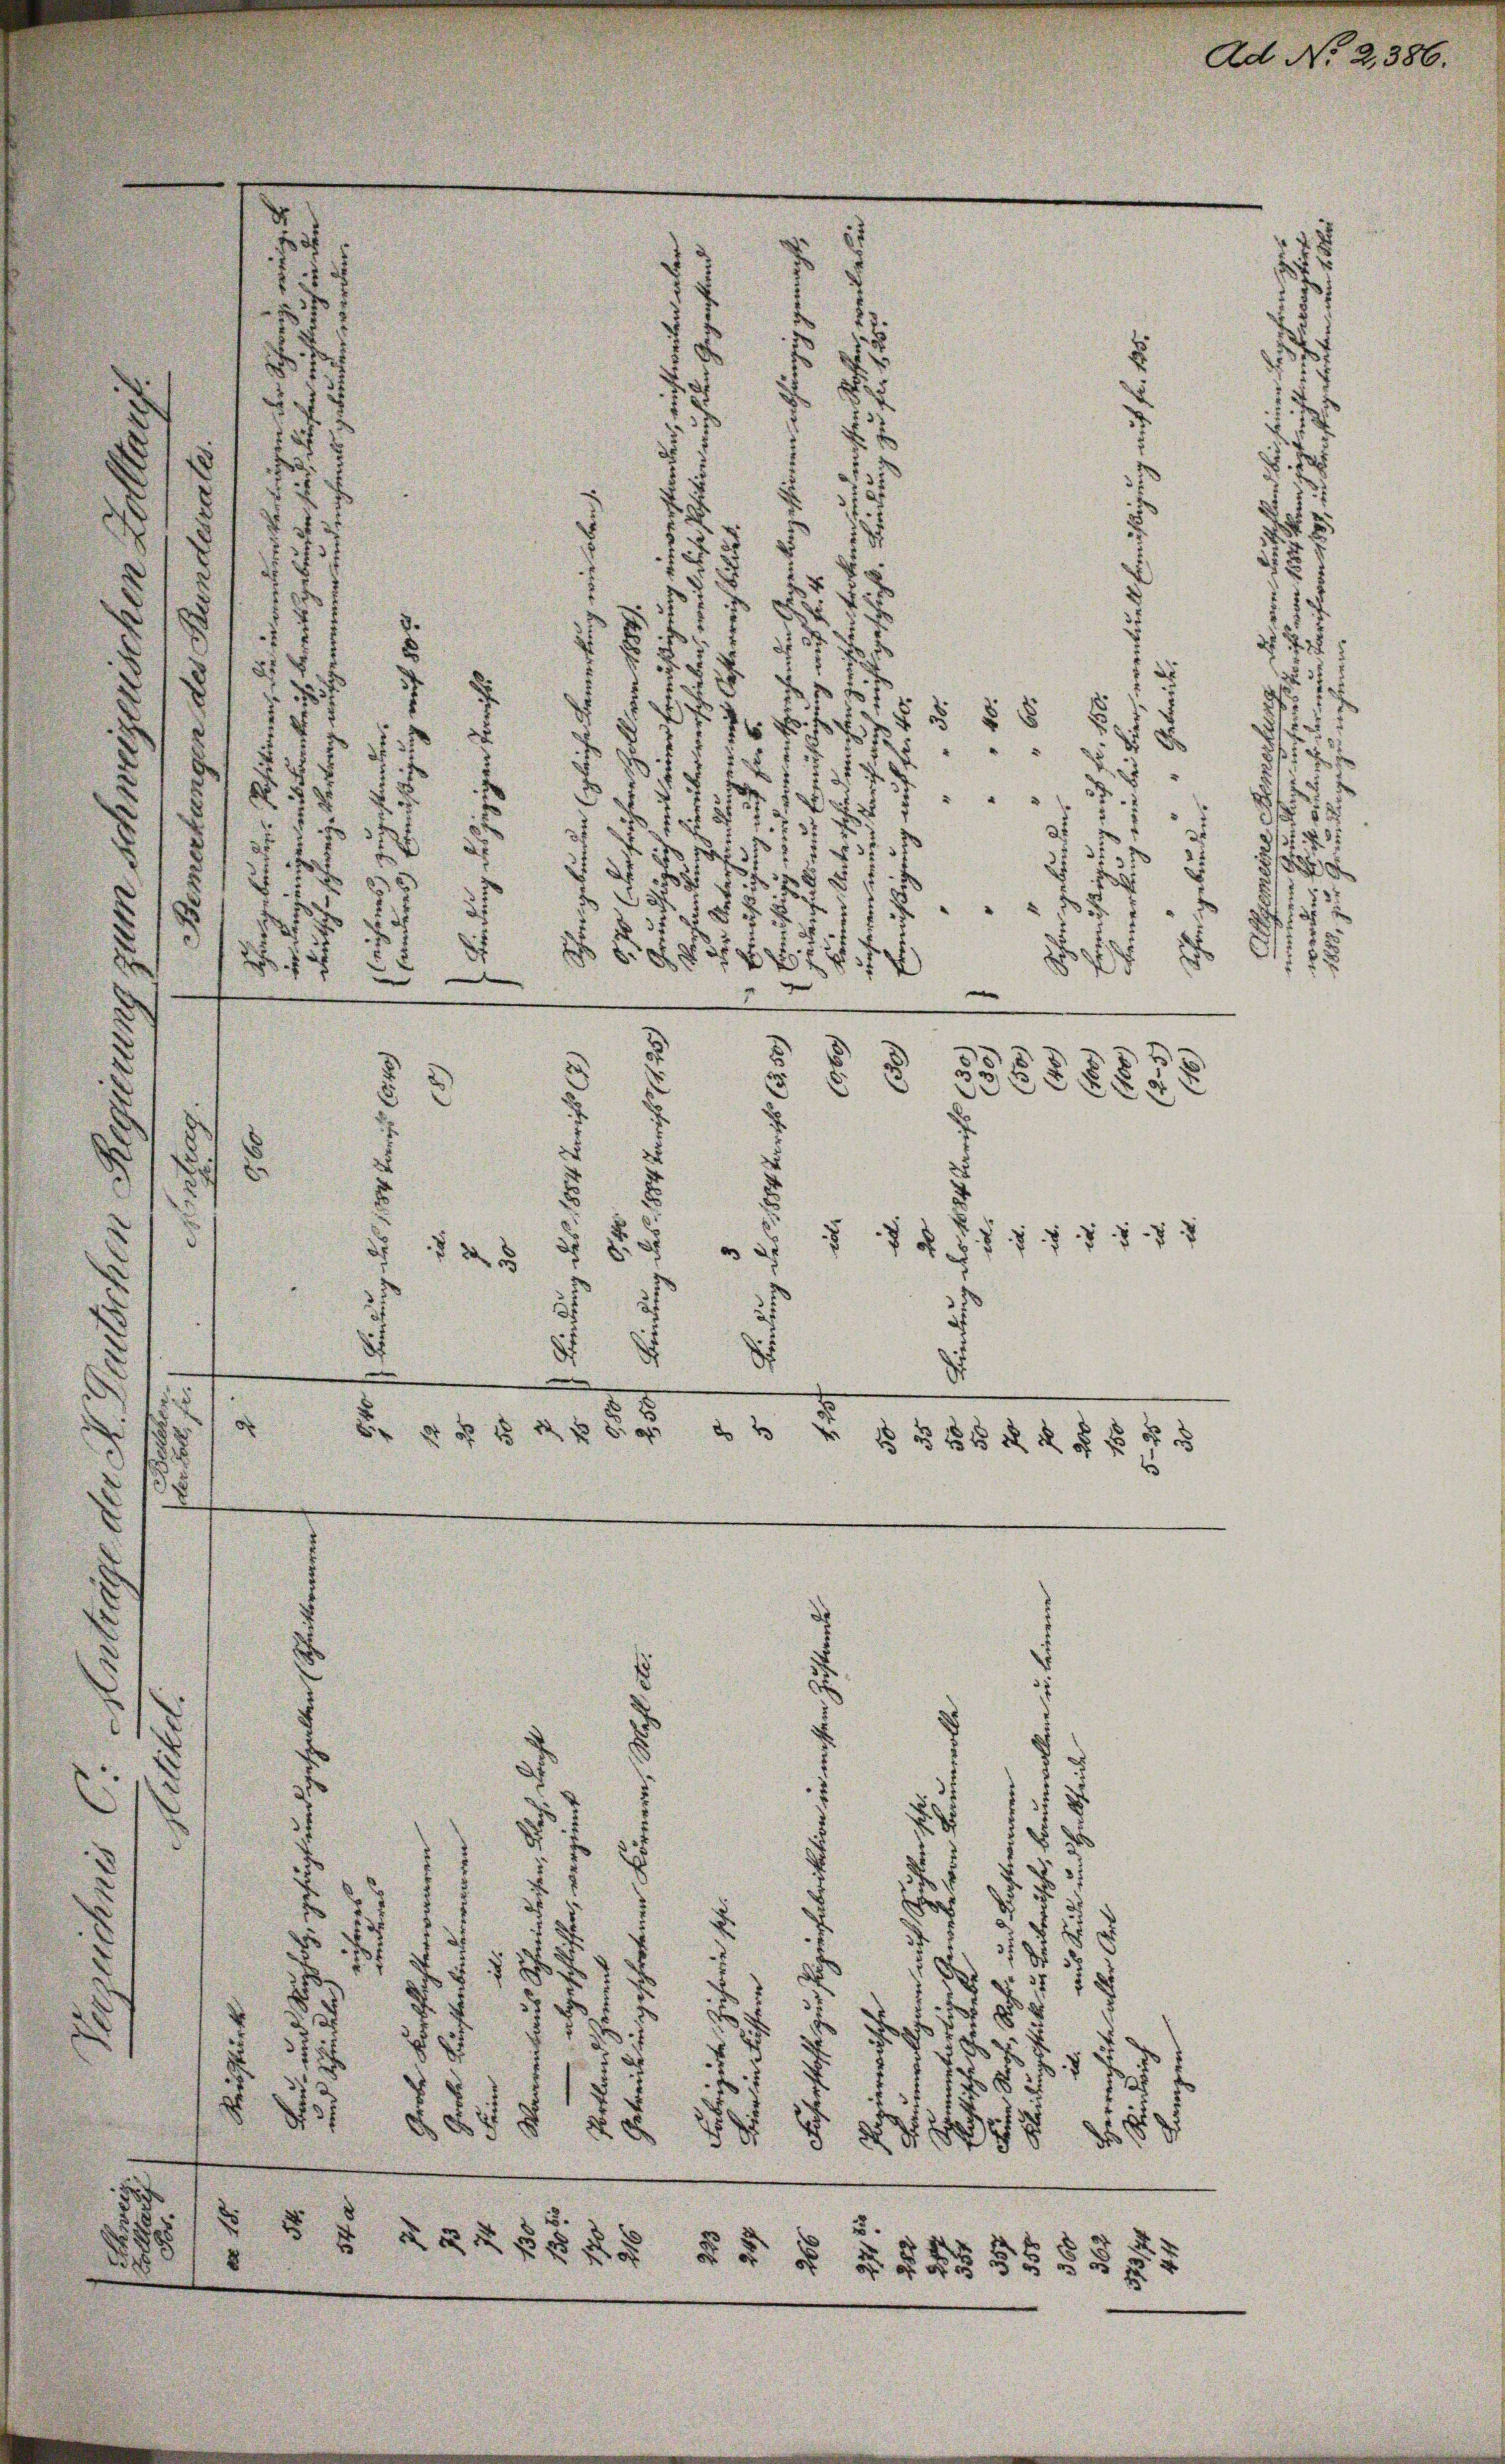
x

2
2
1
2

.
2
x
35
8
.
8
x
 77
d
8
 x
d
 27
2
18
.
3
8
5
2xx
d
8
5
18.
e
d
 f 20 xx
2
e
d
n
2
5
d
5688
8
u
d
u
es 5 f 1757
dr
.
 § 28
55 21
2
p
8
s
—
.
d
§ 140 n 1. 12. d. 1810. 1951.
s
.
6

3
.
s
.
2
2
.
2
.
.
5
d
e
u
35
h
e
¬
e
u
x
.
e
dr
.
d
388
d

.
d. 31
8 x
25
  es i
2
 den des

1

x

d

Ad No 2,386.

25